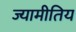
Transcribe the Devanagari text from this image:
ज्यामीतिय